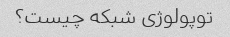
توپولوژی شبکه چیست؟